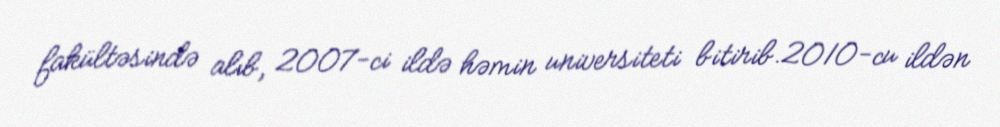
fakültəsində alıb, 2007-ci ildə həmin universiteti bitirib.2010-cu ildən